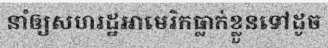
នាំឲ្យសហរដ្ឋអាមេរិកធ្លាក់ខ្លួនទៅដូច